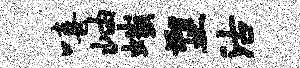
嘻岫嗤塑沽